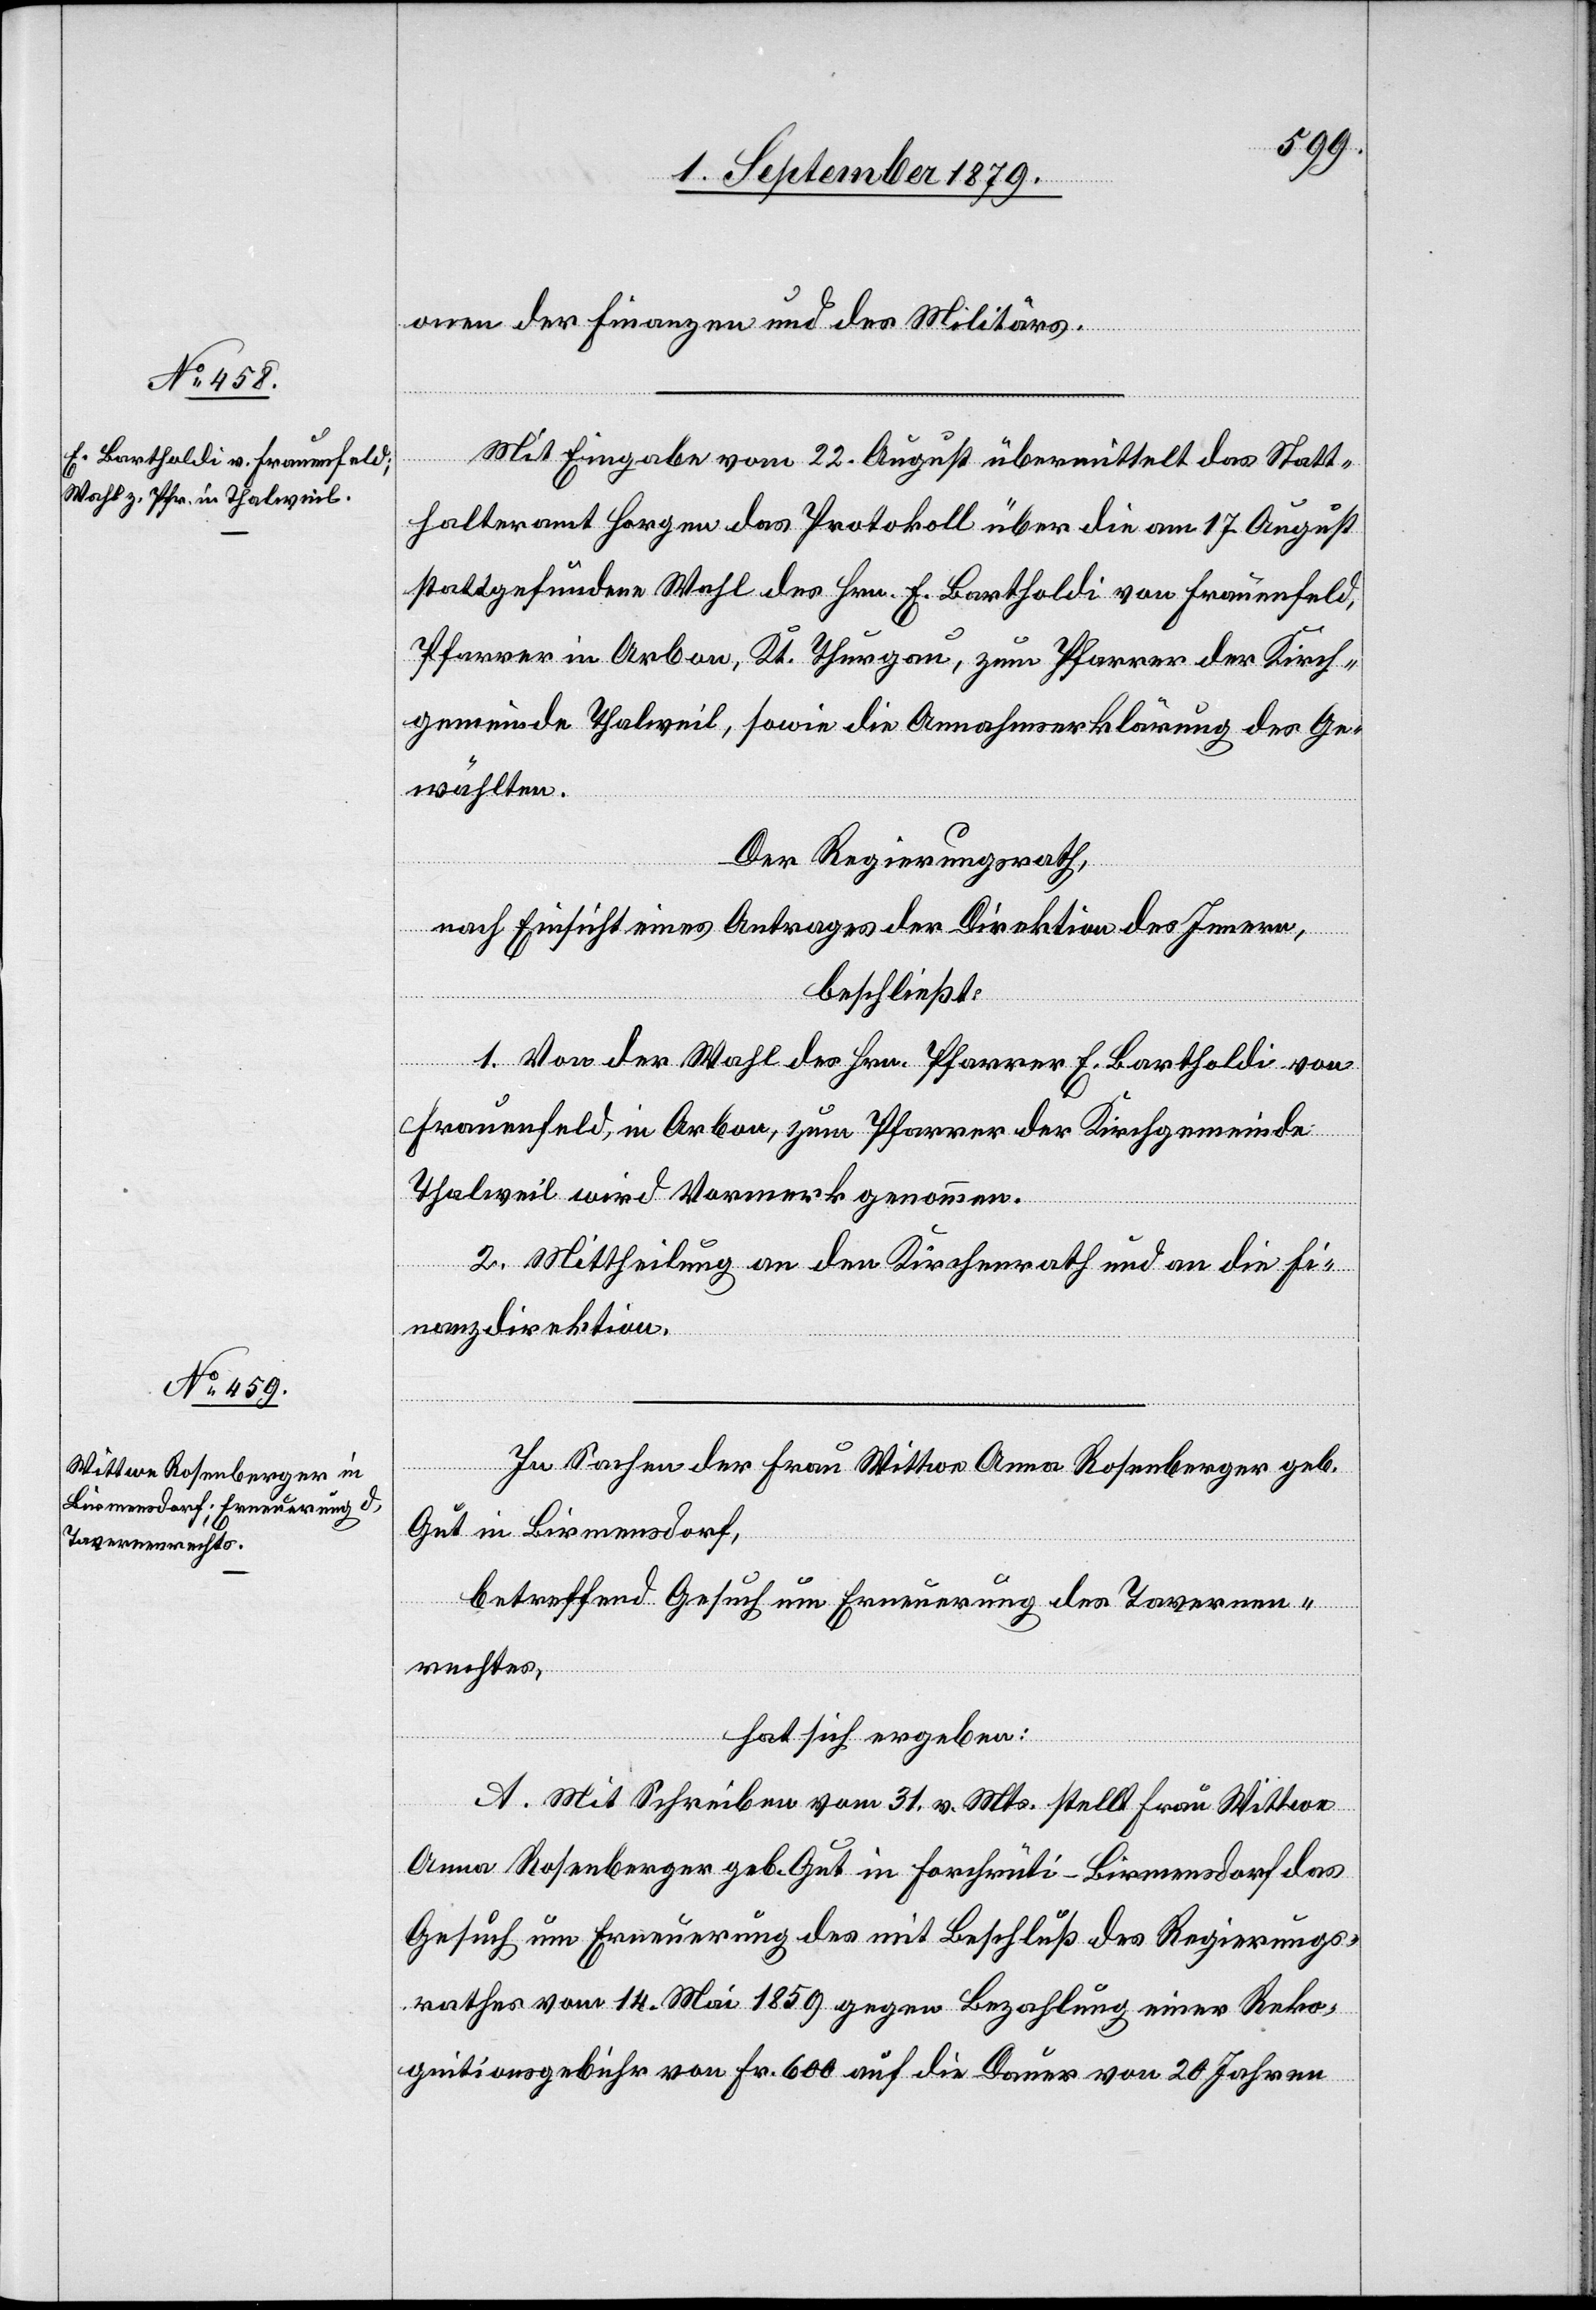
onen der Finanzen und des Militärs.
Mit Eingabe vom 22. August übermittelt das Statt¬
halteramt Horgen das Protokoll über die am 17. August
stattgefundene Wahl des Hrn. E. Bartholdi von Frauenfeld,
Pfarrer in Arbon, Kt. Thurgau, zum Pfarrer der Kirch¬
gemeinde Thalweil, sowie die Annahmserklärung des Ge¬
wählten.
Der Regierungsrath,
nach Einsicht eines Antrages der Direktion des Innern,
beschließt:
1. Von der Wahl des Hrn. Pfarrer E. Bartholdi von
Frauenfeld, in Arbon, zum Pfarrer der Kirchgemeinde
Thalweil wird Vormerk genommen.
2. Mittheilung an den Kirchenrath und an die Fi¬
nanzdirektion.
In Sachen der Frau Wittwe Anna Rosenberger geb.
Gut in Birmensdorf,
betreffend Gesuch um Erneuerung des Tavernen¬
rechtes,
hat sich ergeben:
A. Mit Schreiben vom 31. v. Mts. stellt Frau Wittwe
Anna Rosenberger geb. Gut in Horchrüti - Birmensdorf das
Gesuch um Erneuerung des mit Beschluß des Regierungs¬
rathes vom 14. Mai 1859 gegen Bezahlung einer Reko¬
gnitionsgebühr von Fr. 600 auf die Dauer von 20 Jahren